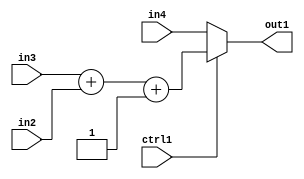
`timescale 1ps / 1ps
/*****************************************************************************
    Verilog RTL Description
    
    
    Created by: Stratus DpOpt 2019.1.01 
*******************************************************************************/

module st_feature_addr_gen_MuxAdd3i1u8u16u16u1_4_4 (
	in4,
	in3,
	in2,
	ctrl1,
	out1
	); /* architecture "behavioural" */ 
input [15:0] in4,
	in3;
input [7:0] in2;
input  ctrl1;
output [15:0] out1;
wire [15:0] asc001,
	asc002;

wire [15:0] asc002_tmp_0;
assign asc002_tmp_0 = 
	+(in3)
	+(in2);
assign asc002 = asc002_tmp_0
	+(16'B0000000000000001);

reg [15:0] asc001_tmp_1;
assign asc001 = asc001_tmp_1;
always @ (ctrl1 or asc002 or in4) begin
	case (ctrl1)
		1'B1 : asc001_tmp_1 = asc002 ;
		default : asc001_tmp_1 = in4 ;
	endcase
end

assign out1 = asc001;
endmodule

/* CADENCE  vrf3Qwk= : u9/ySgnWtBlWxVPRXgAZ4Og= ** DO NOT EDIT THIS LINE ******/